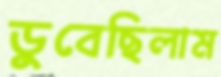
ডুবেছিলাম